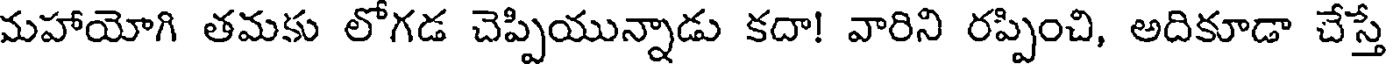
మహాయోగి తమకు లోగడ చెప్పియున్నాడు కదా! వారిని రప్పించి, అదికూడా చేస్తే